38_143685_box_Incident_Summaries_173-233
Agency: Department of War
Page 130
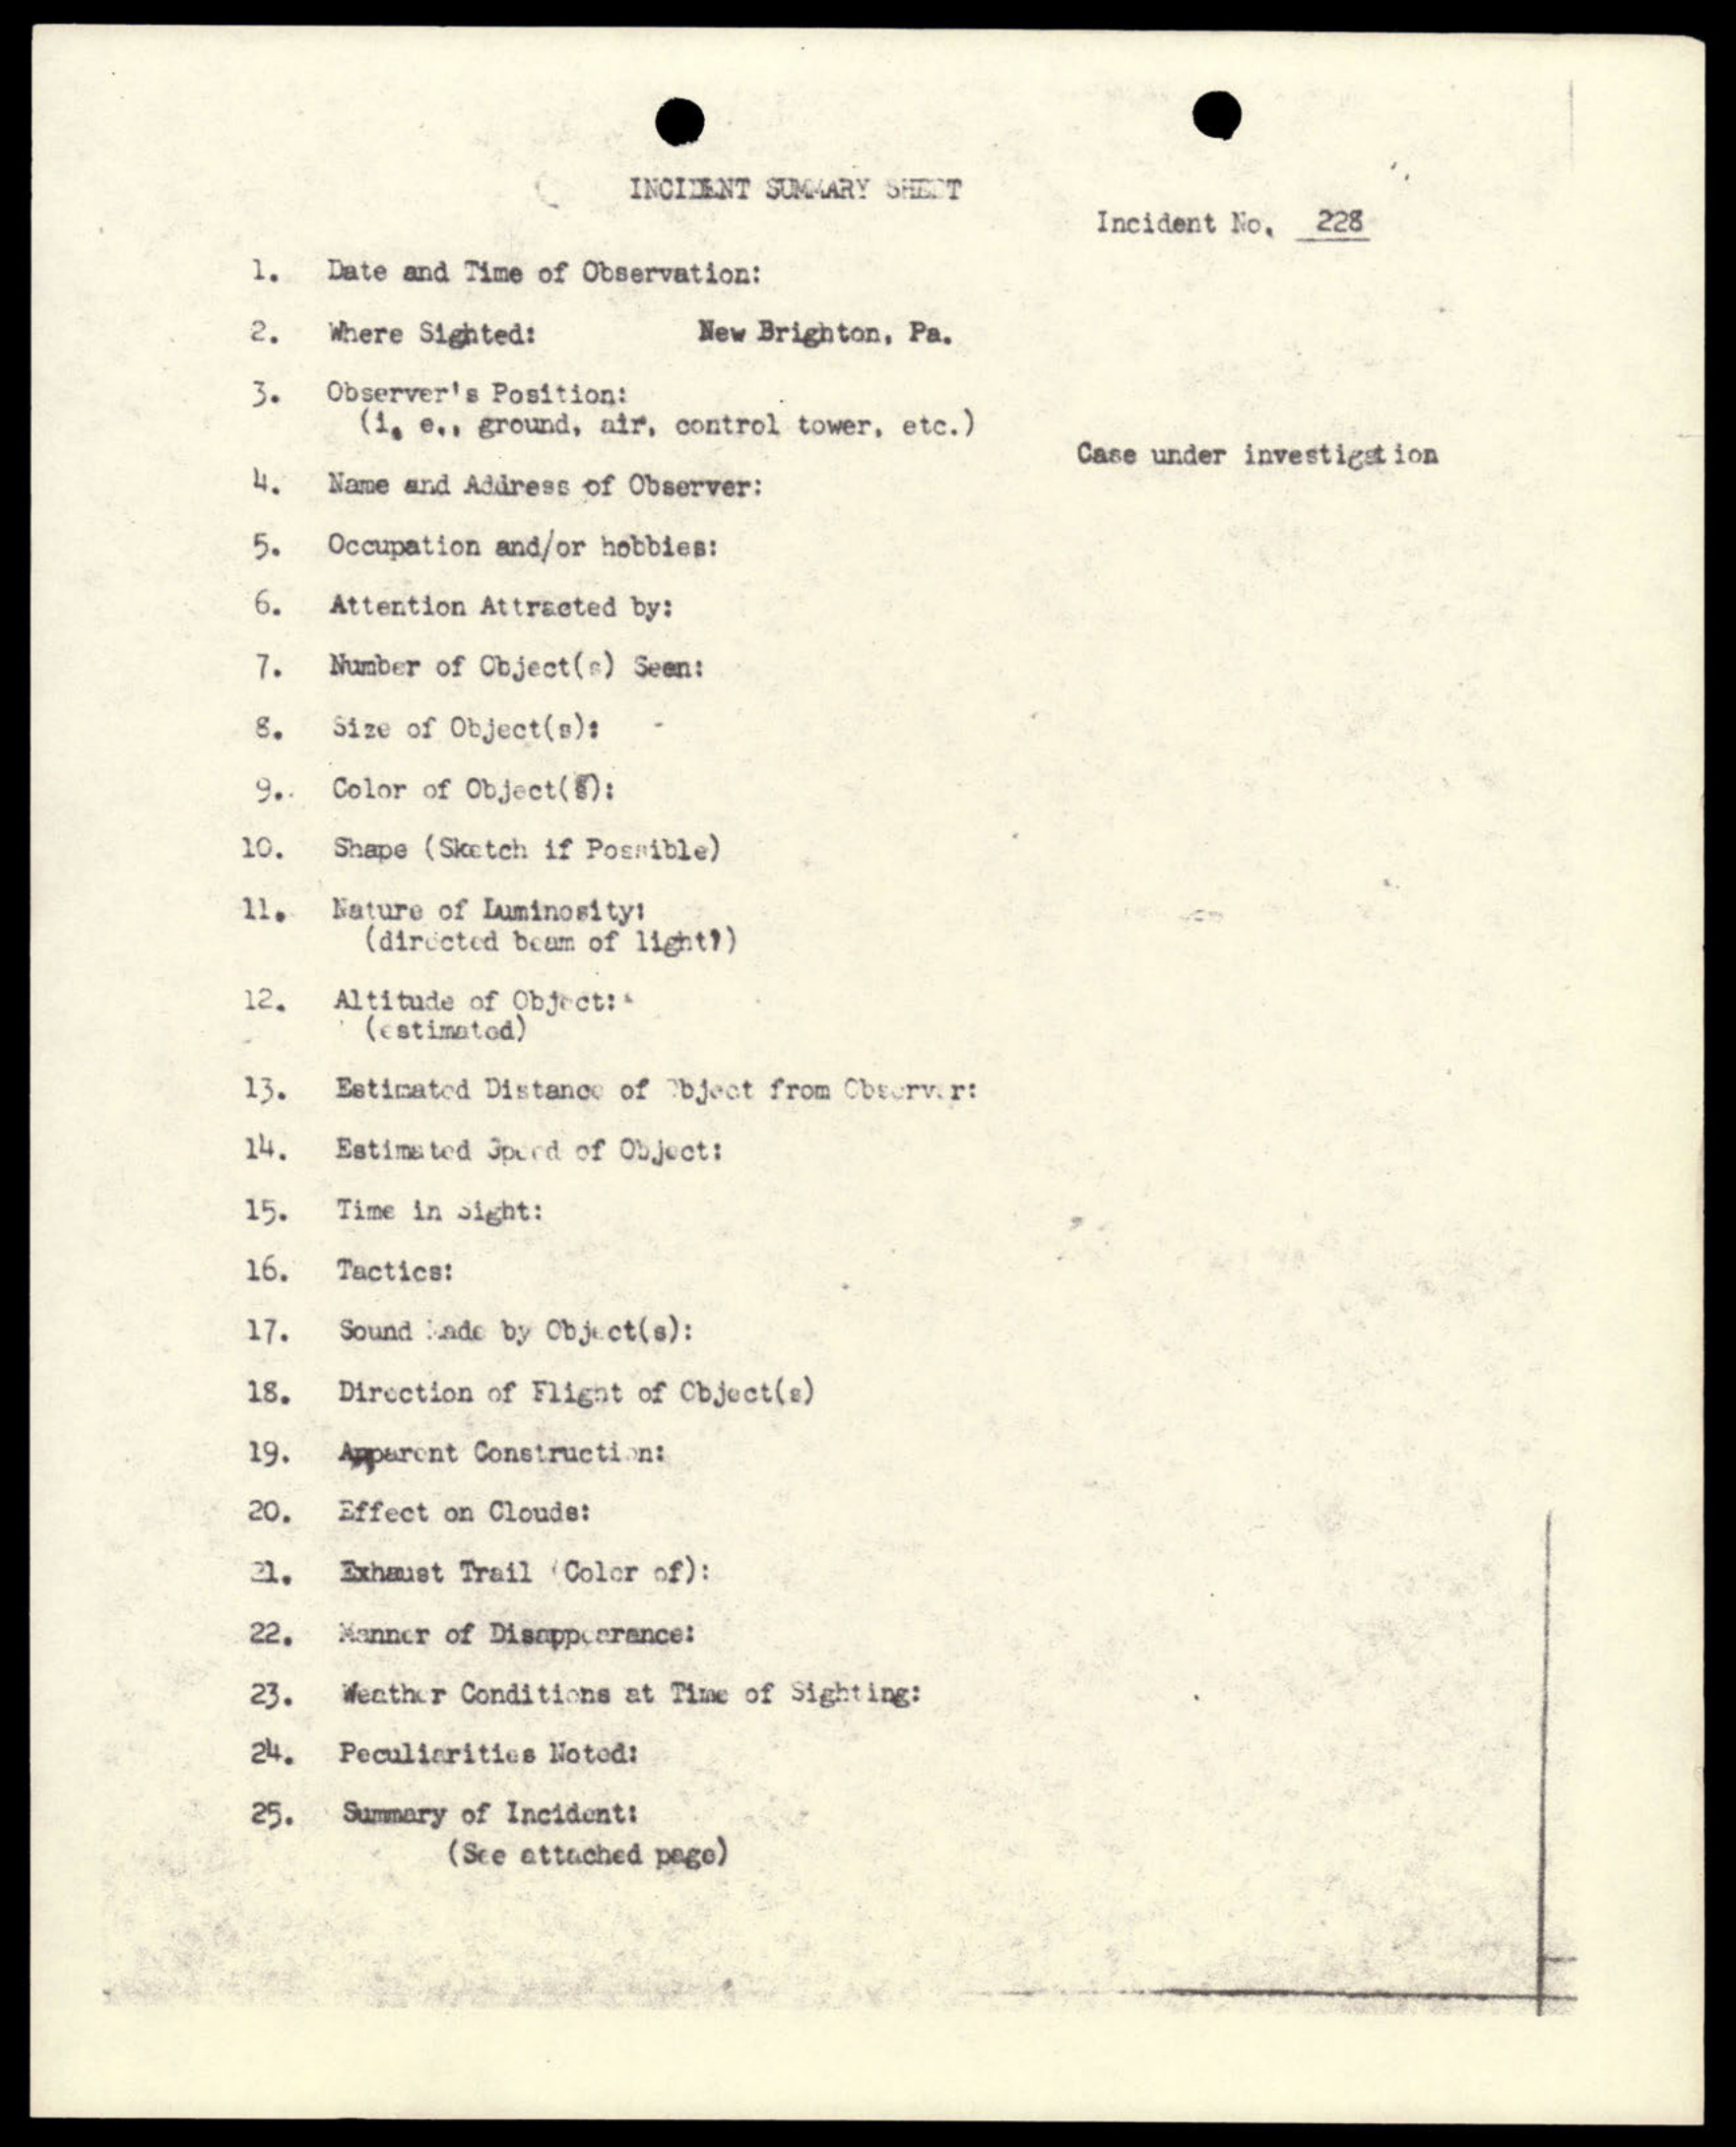